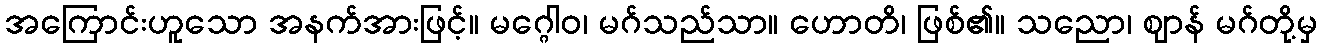
အကြောင်းဟူသော အနက်အားဖြင့်။ မဂ္ဂေါဝ၊ မဂ်သည်သာ။ ဟောတိ၊ ဖြစ်၏။ သညော၊ ဈာန် မဂ်တို့မှ